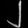
Digit: ၂